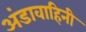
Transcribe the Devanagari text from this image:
अंडावाहिनी